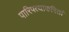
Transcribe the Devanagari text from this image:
पारिपत्याकरितां